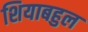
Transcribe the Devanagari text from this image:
शियाबहुल